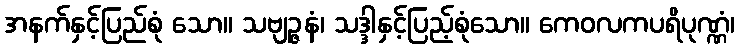
အနက်နှင့်ပြည်စုံ သော။ သဗျဉ္ဇနံ၊ သဒ္ဒါနှင့်ပြည့်စုံသော။ ကေဝလကပရိပုဏ္ဏံ၊